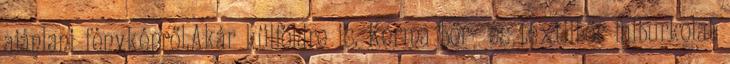
ajánlani fényképről.Akár külföldre is. Kerma bőr- és textilbőr falburkolat